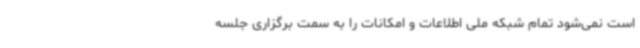
است نمی‌شود تمام شبکه ملی اطلاعات و امکانات را به سمت برگزاری جلسه